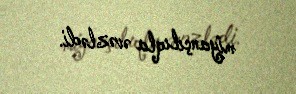
miyançılıqla əvəzlədi.